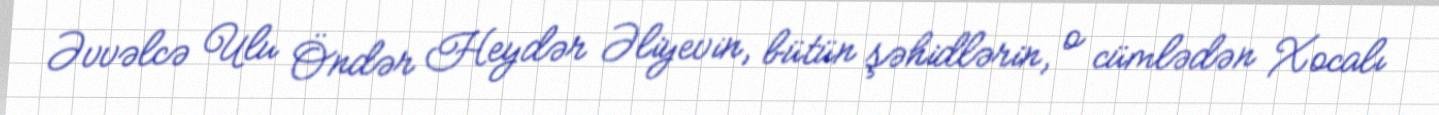
Əvvəlcə Ulu Öndər Heydər Əliyevin, bütün şəhidlərin, o cümlədən Xocalı